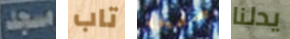
مسجد تاب صفحه يدلنا